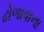
ઢોળાવાના